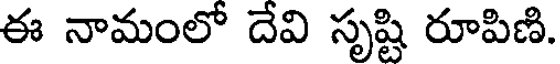
ఈ నామంలో దేవి సృష్టి రూపిణి.